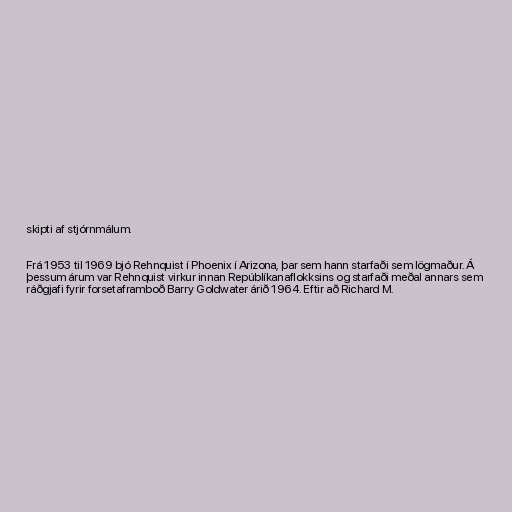
skipti af stjórnmálum.

Frá 1953 til 1969 bjó Rehnquist í Phoenix í Arizona, þar sem hann starfaði sem lögmaður. Á
þessum árum var Rehnquist virkur innan Repúblíkanaflokksins og starfaði meðal annars sem
ráðgjafi fyrir forsetaframboð Barry Goldwater árið 1964. Eftir að Richard M.